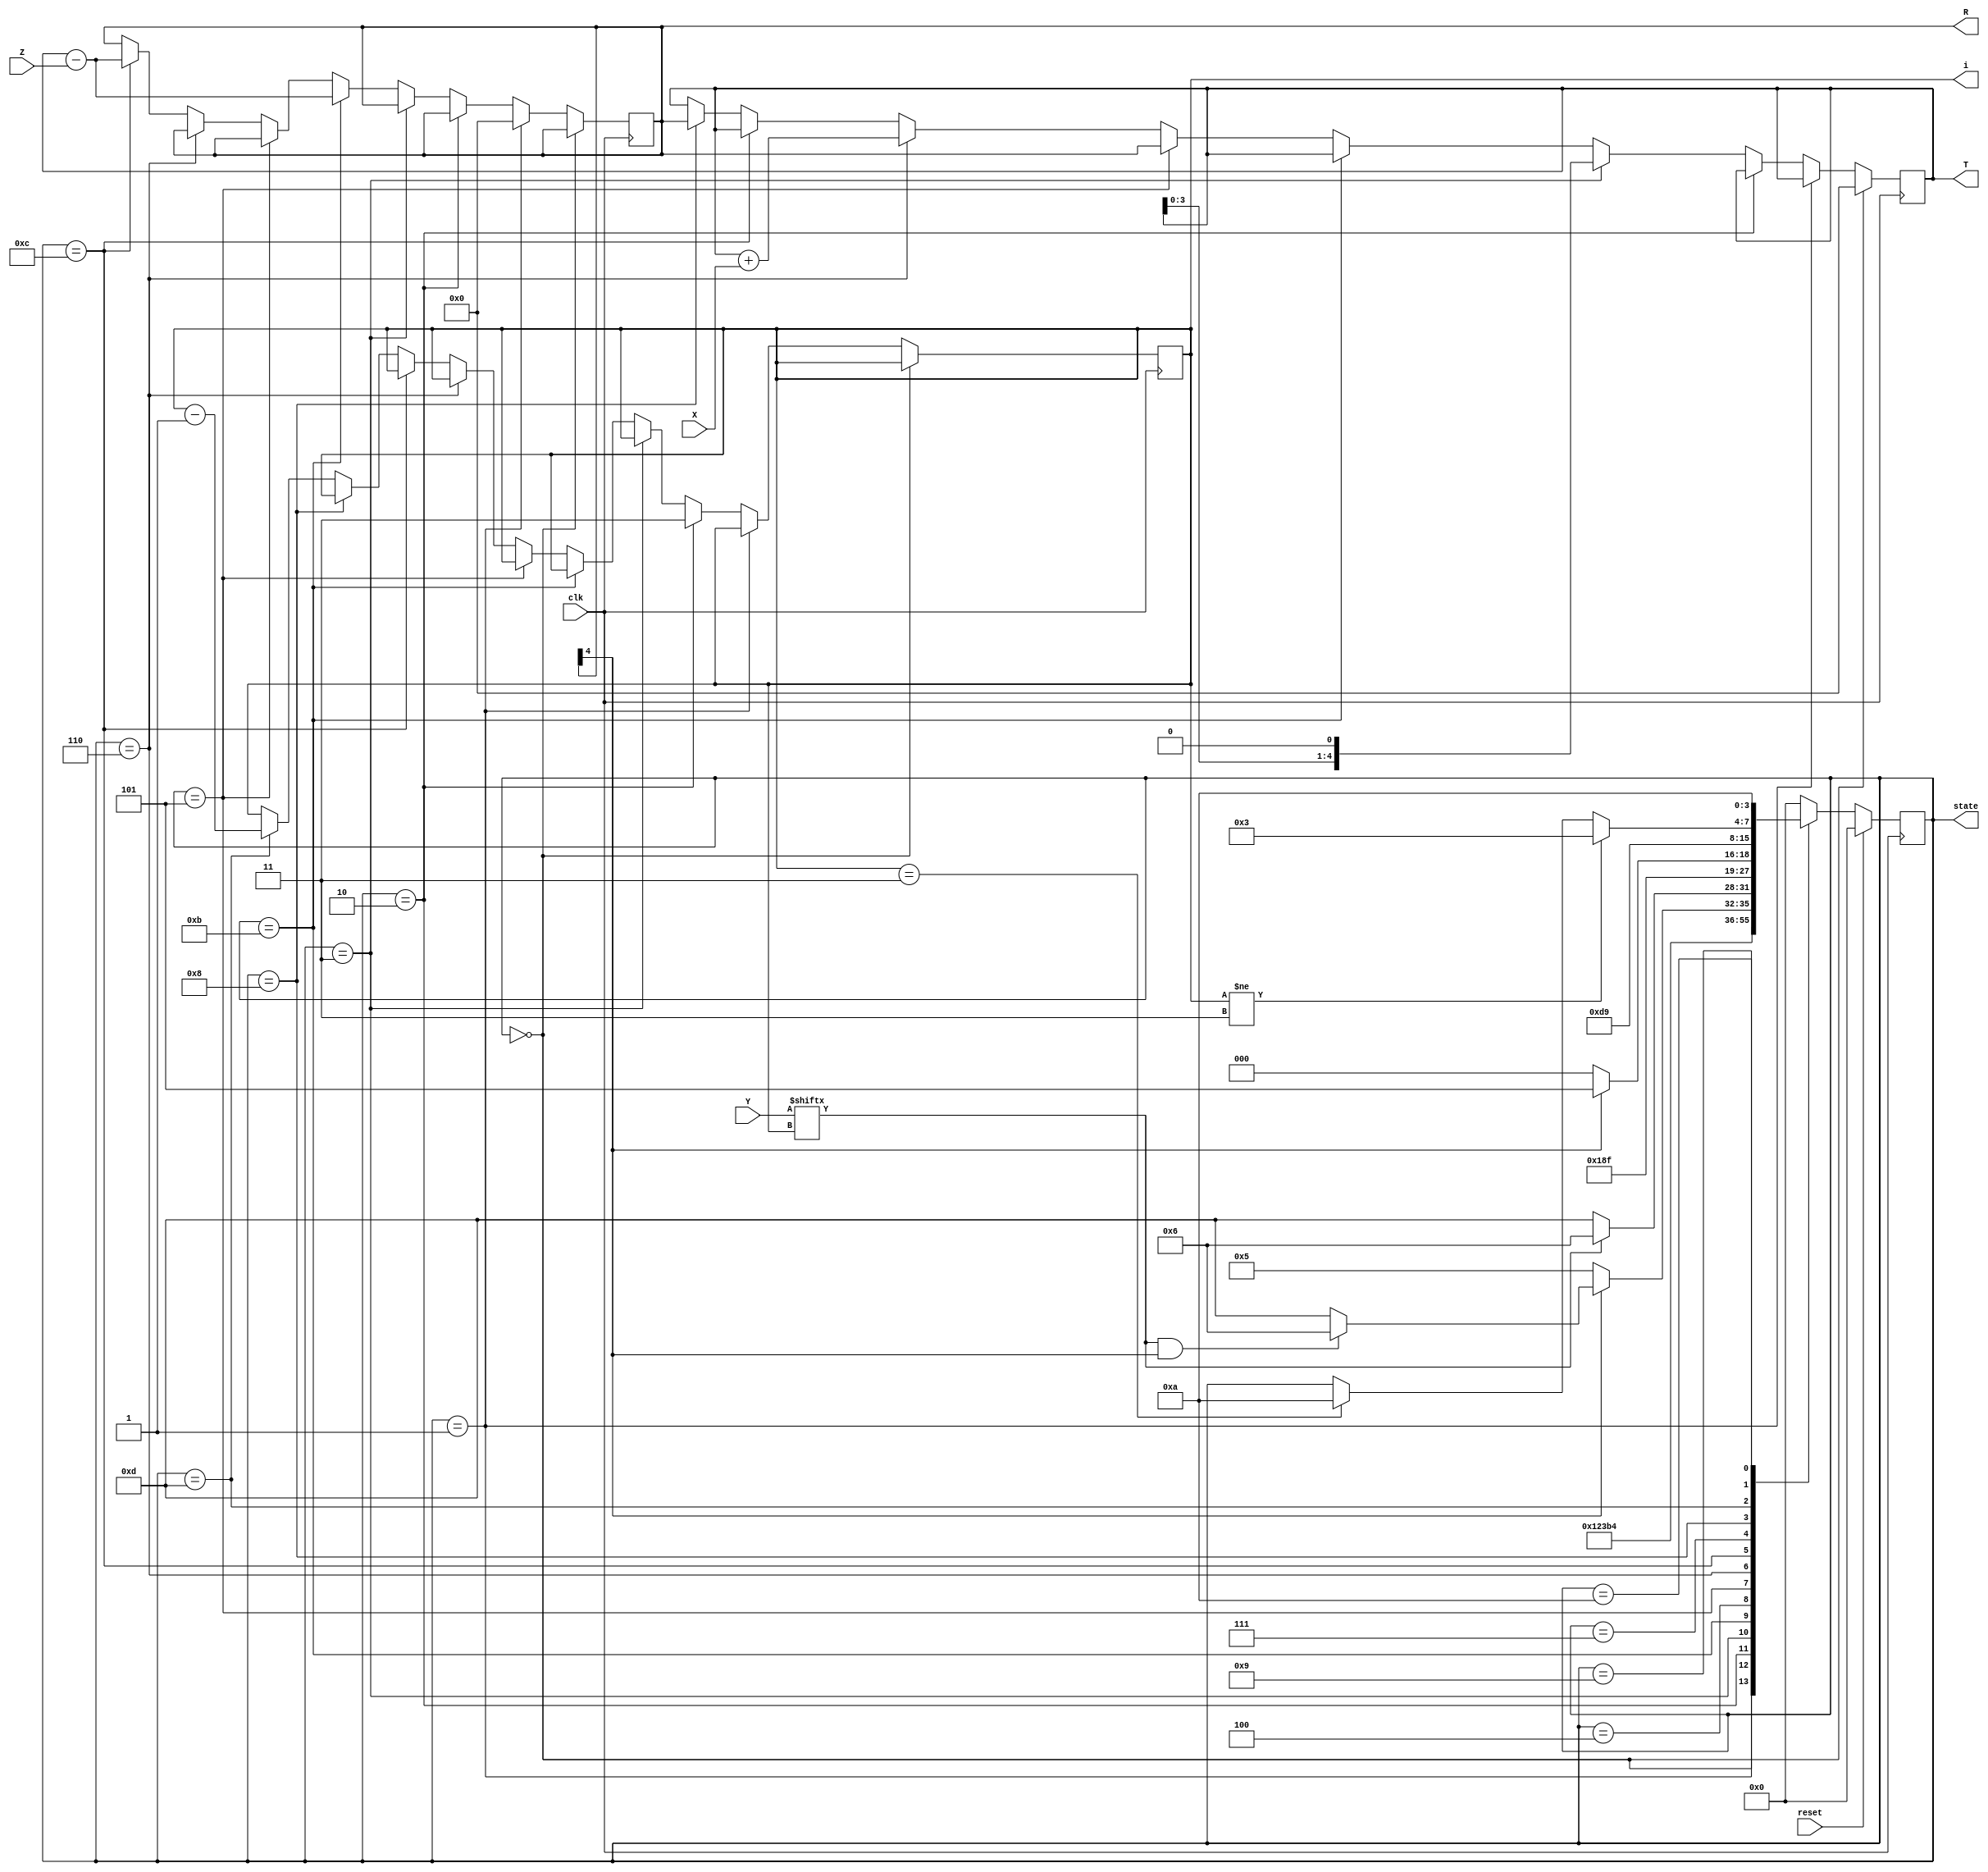
`timescale 1ns / 1ps
//////////////////////////////////////////////////////////////////////////////////
// Company: 
// Engineer: 
// 
// Design Name: 
// Module Name:    modular_multip 
// Project Name: 
// Target Devices: 
// Tool versions: 
// Description: 
//
// Dependencies: 
//
// Revision: 
// Revision 0.01 - File Created
// Additional Comments: 
//
//////////////////////////////////////////////////////////////////////////////////
module modular_multip(clk,reset,X,Y,Z,T,state,i,R
    );
input clk;
input reset;
input [2:0] X;
input [2:0] Y;
input [2:0] Z;
output  reg signed [4:0] T ;
output reg [3:0] state;
output reg [1:0] i;
output  reg signed [4:0] R;

 always @(posedge clk)
	 begin
	 

	
	 
	 if(reset)
	 state<=10'd0;
	 else
	 begin
	 case(state)
	 10'd0: //Initial State
	 begin
	 state<=10'd1;
	 end
	 10'd1: //Initial State
	 begin
	 
	 state<=10'd2; 
	 end
	 10'd2://Initial State 
	 begin
	 state<=10'd3;
	 	end 
	 10'd3: //Multiplying state
	 begin
	 state<=10'd11;
	 end
	 10'd11: //Subtraction state (R=T-Z)
	 
	 state<=10'd4;
	 
	 
	 10'd4: // Timing Balance state introduced after the subraction state S11
	 begin
	 
	 if(R[4]==0)
	 state<=10'd5;
	 else if((Y[i]&&R[4])==1)
	 state<=10'd6;
	 else 
	 state<=10'd13;
	 end
	 10'd5: // First Condition state (T=R)
	 begin
	 if(Y[i]==1)
	 state<=10'd6; 
	 else
	 state<=10'd13;
	 end
	 
	 10'd6: //Second Condition state (T=T+X)
	 begin
	 
	 state<=10'd12;
	 end
	 10'd12://Second Condition state (R=T-Z)
	 state<=10'd7;
	 
	 10'd7: //Timing Balance state
	 
	 begin
	 
	 
	 if(R[4]==1)
	 state<=10'd13;
	 else
	 state<=10'd8;
	 end
	 10'd8:
	 begin
	 state<=10'd13;
	 end
	 10'd13:
	 state<=10'd9;
	 10'd9:
	 begin
	 if(i!=2'b11)
	 state<=10'd3;
	 else if(i==2'b11)
	 state<=10'd10;
	 end
	  10'd10:
	  state<=10'd10;
	 
	  default:
		begin
		state<=10'd0;
		end
		endcase
		end
		end
		
	 	
		
		
		
		
		
	always @(posedge clk)
	 begin
	 
	 if(state==10'd0)
	 T<=0;
	 else if(state==10'd1)
	 R<=0;
	 else if(state==10'd2)
	 i<=2'b11;

	
	 else if(state==10'd3)
	 T<=T<<1;
	 else if(state==10'd11)
	  R<=T-Z;
	
	 else if(state==10'd5)
	 T<=R  ;
	 else if(state==10'd6)
	 T<=T+X;
    else if(state==10'd12)
	 R<=T-Z;
	
	 else if(state==10'd8)
	 T<=R;
    else if(state==10'd13)
	 i<=i-2'b01;
	
	
	 end
	
		
endmodule